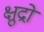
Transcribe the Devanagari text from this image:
क्षुद्रो